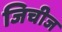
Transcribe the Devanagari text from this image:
जिचीज